Vaccine operations Central Provinces 1868-1885 - 1868-1885
Year: 1868
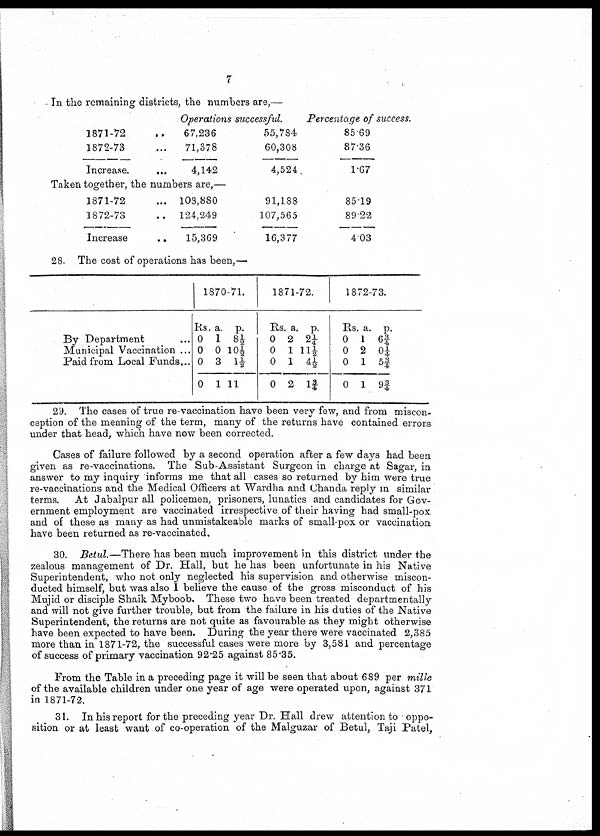
7
In the remaining districts, the numbers are,—
1871-72 ...
1872-73 ...
Increase.
...
Operations successful.
67,236
71,378
4,142
55,784
60,308
4,524
Percentage of success.
85.69
87.36
1.67
Taken together, the numbers are,—
1871-72 ...
1872-73 ...
Increase
..
108,880
124,249
15,369
91,188
107,565
16,377
85.19
89.22
4.03
28. The cost of operations has been,—
By Department ...
Municipal Vaccination ...
Paid from Local Funds...
1870-71.
Rs.
0
0
0
0
a.
1
0
3
1
p.
8½
10½
1½
11
1871-72.
Rs.
0
0
0
0
a.
2
1
1
2
p.
2¼
11½
4½
1¾
1872-73.
Rs.
0
0
0
0
a.
1
2
1
1
p.
6¾
0¼
5¾
9¾
29. The cases of true re-vaccination have been very few, and from miscon-
ception of the meaning of the term, many of the returns have contained errors
under that head, which have now been corrected.
Cases of failure followed by a second operation after a few days had been
given as re-vaccinations. The Sub-Assistant Surgeon in charge at Sagar, in
answer to my inquiry informs me that all cases so returned by him were true
re-vaccinations and the Medical Officers at Wardha and Chanda reply in similar
terms. At Jabalpur all policemen, prisoners, lunatics and candidates for Gov-
ernment employment are vaccinated irrespective of their having had small-pox
and of these as many as had unmistakeable marks of small-pox or vaccination
have been returned as re-vaccinated,
30. Betul.—There has been much improvement in this district under the
zealous management of Dr. Hall, but he has been unfortunate in his Native
Superintendent, who not only neglected his supervision and otherwise miscon-
ducted himself, but was also I believe the cause of the gross misconduct of his
Mujid or disciple Shaik Myboob. These two have been treated departmentally
and will not give further trouble, but from the failure in his duties of the Native
Superintendent, the returns are not quite as favourable as they might otherwise
have been expected to have been. During the year there were vaccinated 2,385
more than in 1871-72, the successful cases were more by 3,581 and percentage
of success of primary vaccination 92.25 against 85.35.
From the Table in a preceding page it will be seen that about 689 per mille
of the available children under one year of age were operated upon, against 371
in 1871-72.
31. In his report for the preceding year Dr. Hall drew attention to oppo-
sition or at least want of co-operation of the Malguzar of Betul, Taji Patel,